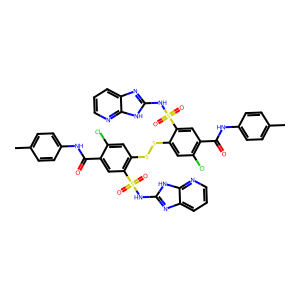
SMILES: Cc1ccc(NC(=O)c2cc(S(=O)(=O)Nc3nc4cccnc4[nH]3)c(SSc3cc(Cl)c(C(=O)Nc4ccc(C)cc4)cc3S(=O)(=O)Nc3nc4cccnc4[nH]3)cc2Cl)cc1
Inhibits HIV replication: No